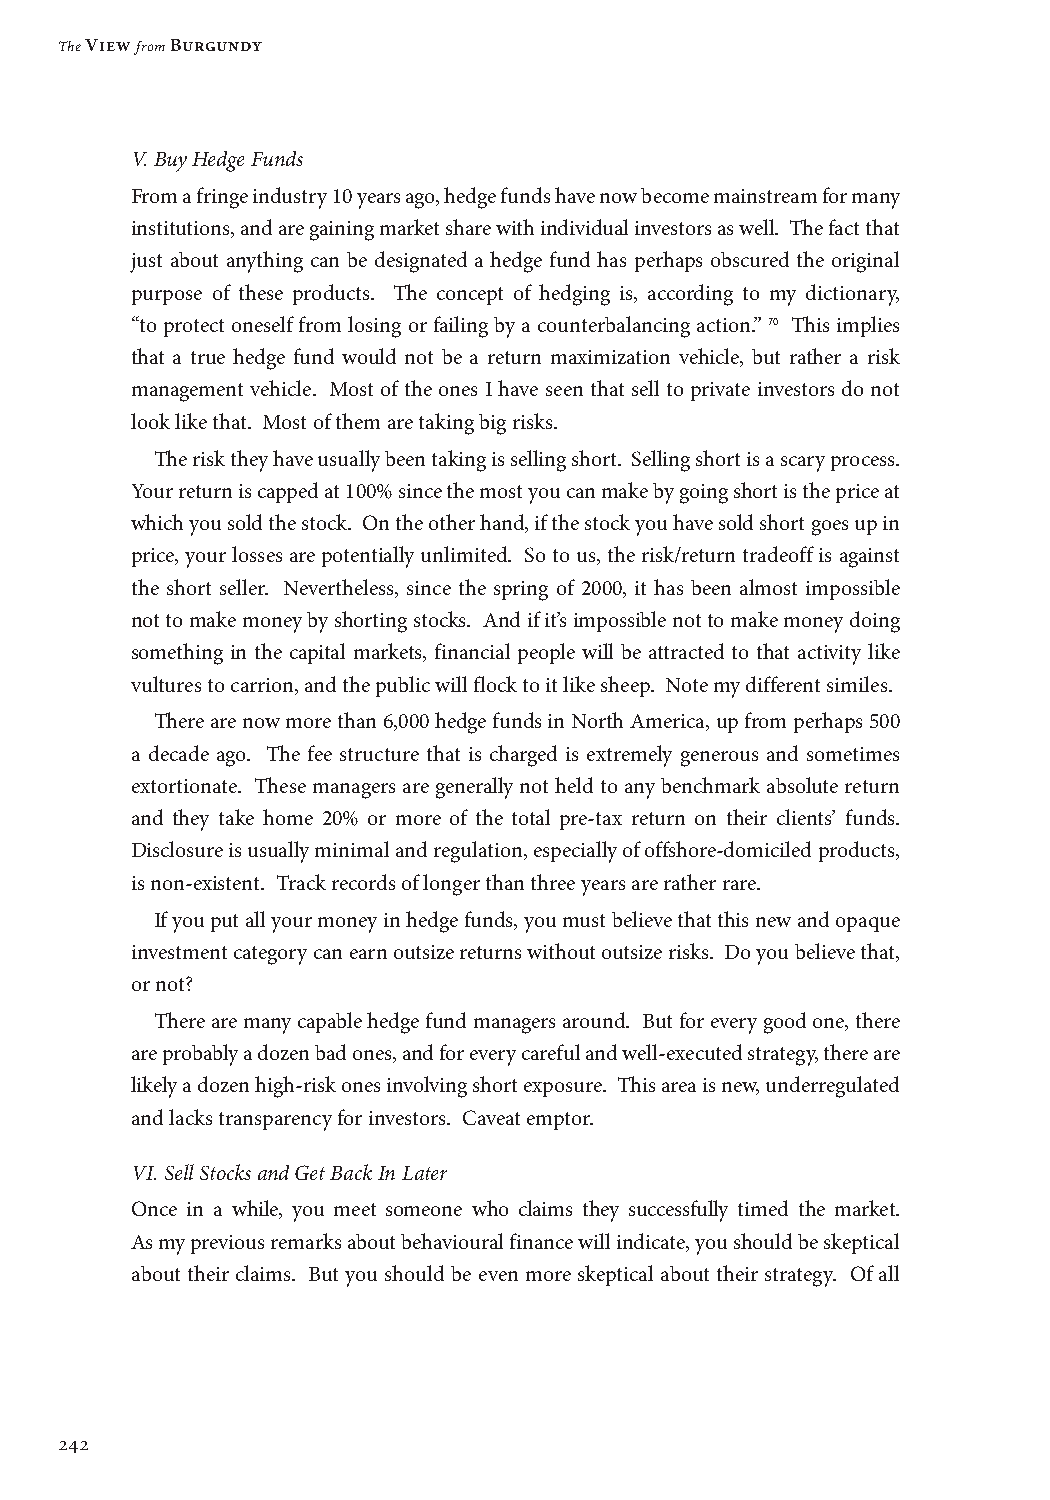
The View from Burgundy
 V. Buy Hedge Funds
 From a fringe industry 10 years ago, hedge funds have now become mainstream for many
 institutions, and are gaining market share with individual investors as well. The fact that
 just about anything can be designated a hedge fund has perhaps obscured the original
 purpose of these products. The concept of hedging is, according to my dictionary,
 “to protect oneself from losing or failing by a counterbalancing action.” 70 This implies
 that a true hedge fund would not be a return maximization vehicle, but rather a risk
 management vehicle. Most of the ones I have seen that sell to private investors do not
 look like that. Most of them are taking big risks.
 The risk they have usually been taking is selling short. Selling short is a scary process.
 Your return is capped at 100% since the most you can make by going short is the price at
 which you sold the stock. On the other hand, if the stock you have sold short goes up in
 price, your losses are potentially unlimited. So to us, the risk/return tradeoff is against
 the short seller. Nevertheless, since the spring of 2000, it has been almost impossible
 not to make money by shorting stocks. And if it’s impossible not to make money doing
 something in the capital markets, financial people will be attracted to that activity like
 vultures to carrion, and the public will flock to it like sheep. Note my different similes.
 There are now more than 6,000 hedge funds in North America, up from perhaps 500
 a decade ago. The fee structure that is charged is extremely generous and sometimes
 extortionate. These managers are generally not held to any benchmark absolute return
 and they take home 20% or more of the total pre-tax return on their clients’ funds.
 Disclosure is usually minimal and regulation, especially of offshore-domiciled products,
 is non-existent. Track records of longer than three years are rather rare.
 If you put all your money in hedge funds, you must believe that this new and opaque
 investment category can earn outsize returns without outsize risks. Do you believe that,
 or not?
 There are many capable hedge fund managers around. But for every good one, there
 are probably a dozen bad ones, and for every careful and well-executed strategy, there are
 likely a dozen high-risk ones involving short exposure. This area is new, underregulated
 and lacks transparency for investors. Caveat emptor.
 VI. Sell Stocks and Get Back In Later
 Once in a while, you meet someone who claims they successfully timed the market.
 As my previous remarks about behavioural finance will indicate, you should be skeptical
 about their claims. But you should be even more skeptical about their strategy. Of all
 242